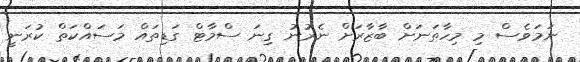
ނަމަވެސް މި މިހާތަނަށް ބާޒާރަށް ނެރުނު ގިނަ ސްމާޓް ގަޑިތައް މަސައްކަތް ކުރަނީ